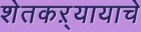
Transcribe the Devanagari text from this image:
शेतकऱ्यायाचे